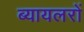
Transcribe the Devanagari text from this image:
ब्यायलरों